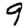
Digit: 9